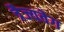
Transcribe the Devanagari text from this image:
त्रैज्यवेग